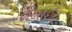
ફીલાઈટ